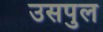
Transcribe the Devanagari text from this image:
उसपुल